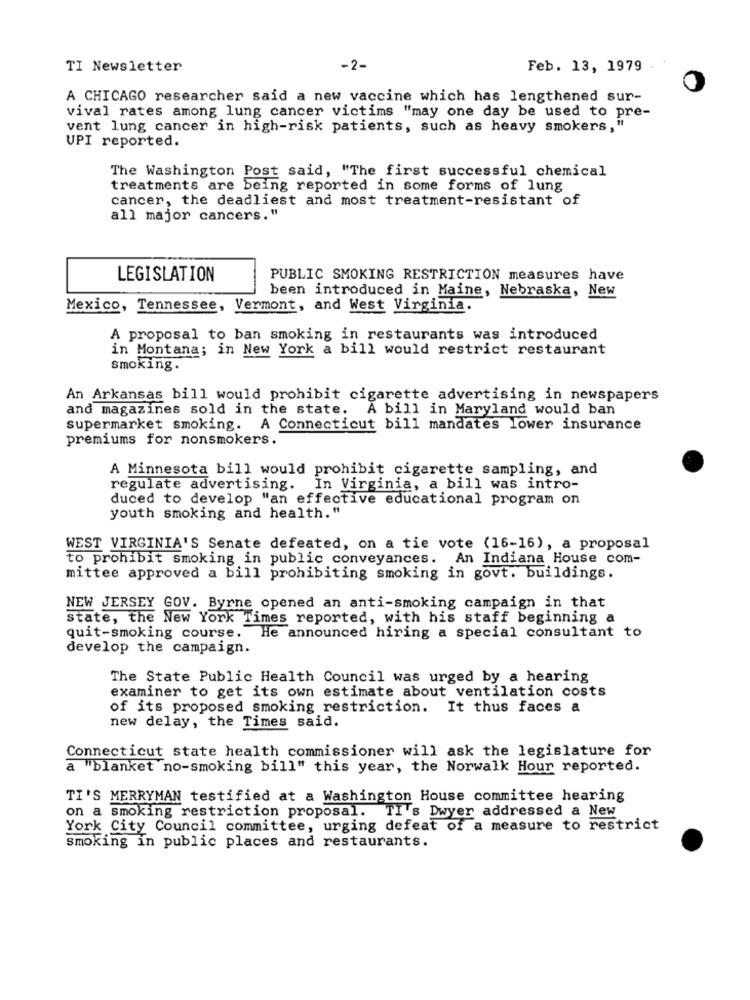
TI Newsletter
-2-
Feb. 13, 1979
A CHICAGO researcher said a new vaccine which has lengthened sur-
vival rates among lung cancer victims "may one day be used to pre-
vent lung cancer in high-risk patients, such as heavy smokers,'
UPI reported.
The Washington Post said, "The first successful chemical
treatments are being reported in some forms of lung
cancer, the deadliest and most treatment-resistant of
all major cancers."
LEGISLATION
PUBLIC SMOKING RESTRICTION measures have
been introduced in Maine, Nebraska, New
Mexico, Tennessee, Vermont, and West Virginia.
A proposal to ban smoking in restaurants was introduced
in Montana; in New York a bill would restrict restaurant
smoking.
An Arkansas bill would prohibit cigarette advertising in newspapers
and magazines sold in the state.
A bill in Maryland would ban
supermarket smoking. A Connecticut bill mandates lower insurance
premiums for nonsmokers.
A Minnesota bill would prohibit cigarette sampling, and
regulate advertising. In Virginia, a bill was intro-
duced to develop "an effective educational program on
youth smoking and health. "
WEST VIRGINIA'S Senate defeated, on a tie vote (16-16), a proposal
to prohibit smoking in public conveyances. An Indiana House com-
mittee approved a bill prohibiting smoking in govt. buildings.
NEW JERSEY GOV. Byrne opened an anti-smoking campaign in that
state, the New York Times reported, with his staff beginning a
quit-smoking course. He announced hiring a special consultant to
develop the campaign.
The State Public Health Council was urged by a hearing
examiner to get its own estimate about ventilation costs
of its proposed smoking restriction. It thus faces a
new delay, the Times said.
Connecticut state health commissioner will ask the legislature for
a "blanket no-smoking bill" this year, the Norwalk Hour reported.
TI'S MERRYMAN testified at a Washington House committee hearing
on a smoking restriction proposal. TI's Dwyer addressed a New
York City Council committee, urging defeat of a measure to restrict
smoking in public places and restaurants.